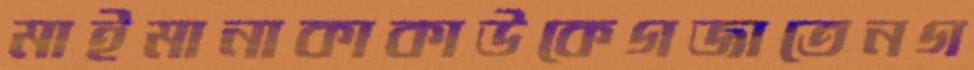
মাইমানাকাকাউকেগজাতেনগ